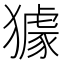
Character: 𤢓